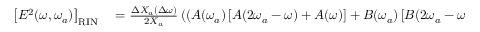
\begin{array} { r l } { \left[ E ^ { 2 } ( \omega , \omega _ { a } ) \right] _ { \mathrm { R I N } } } & { { } = \frac { \Delta X _ { a } ( \Delta \omega ) } { 2 X _ { a } } \left( \left( A ( \omega _ { a } ) \left[ A ( 2 \omega _ { a } - \omega ) + A ( \omega ) \right] + B ( \omega _ { a } ) \left[ B ( 2 \omega _ { a } - \omega ) + B ( \omega ) \right] \right) \cos ( \Delta \omega t + \phi _ { 0 } ) \, \right. } \end{array}